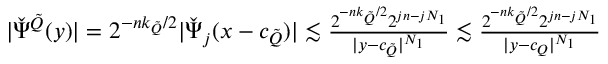
\begin{array} { r } { | \check { \Psi } ^ { \tilde { Q } } ( y ) | = 2 ^ { - n k _ { \tilde { Q } } / 2 } | \check { \Psi } _ { j } ( x - c _ { \tilde { Q } } ) | \lesssim \frac { 2 ^ { - n k _ { \tilde { Q } } / 2 } 2 ^ { j n - j N _ { 1 } } } { | y - c _ { \tilde { Q } } | ^ { N _ { 1 } } } \lesssim \frac { 2 ^ { - n k _ { \tilde { Q } } / 2 } 2 ^ { j n - j N _ { 1 } } } { | y - c _ { Q } | ^ { N _ { 1 } } } } \end{array}